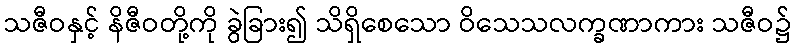
သဇီဝနှင့် နိဇီဝတို့ကို ခွဲခြား၍ သိရှိစေသော ဝိသေသလက္ခဏာကား သဇီဝ၌